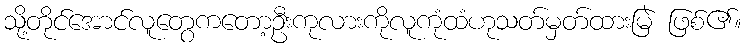
သို့တိုင်အောင်လူတွေကတော့ဦးကုလားကိုလူကုံထံဟုသတ်မှတ်ထားမြဲ ဖြစ်၏။